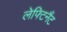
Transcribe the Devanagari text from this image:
लेफ्टिनैंट